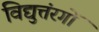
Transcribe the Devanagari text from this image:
विद्युत्तंरगों